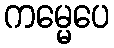
ကမ္မေပေ